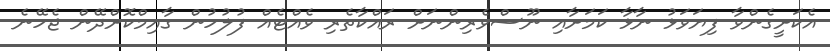
އެކަށީގެންވާ ފިޔަވަޅު ނާޅާ ކަމަށާއި ނޫސްވެރިންނަށް ރައްކާތެރި ވެއްޓެއް ފުލުހުން ގާއިމްކޮށްދޭން ޖެހޭނެ